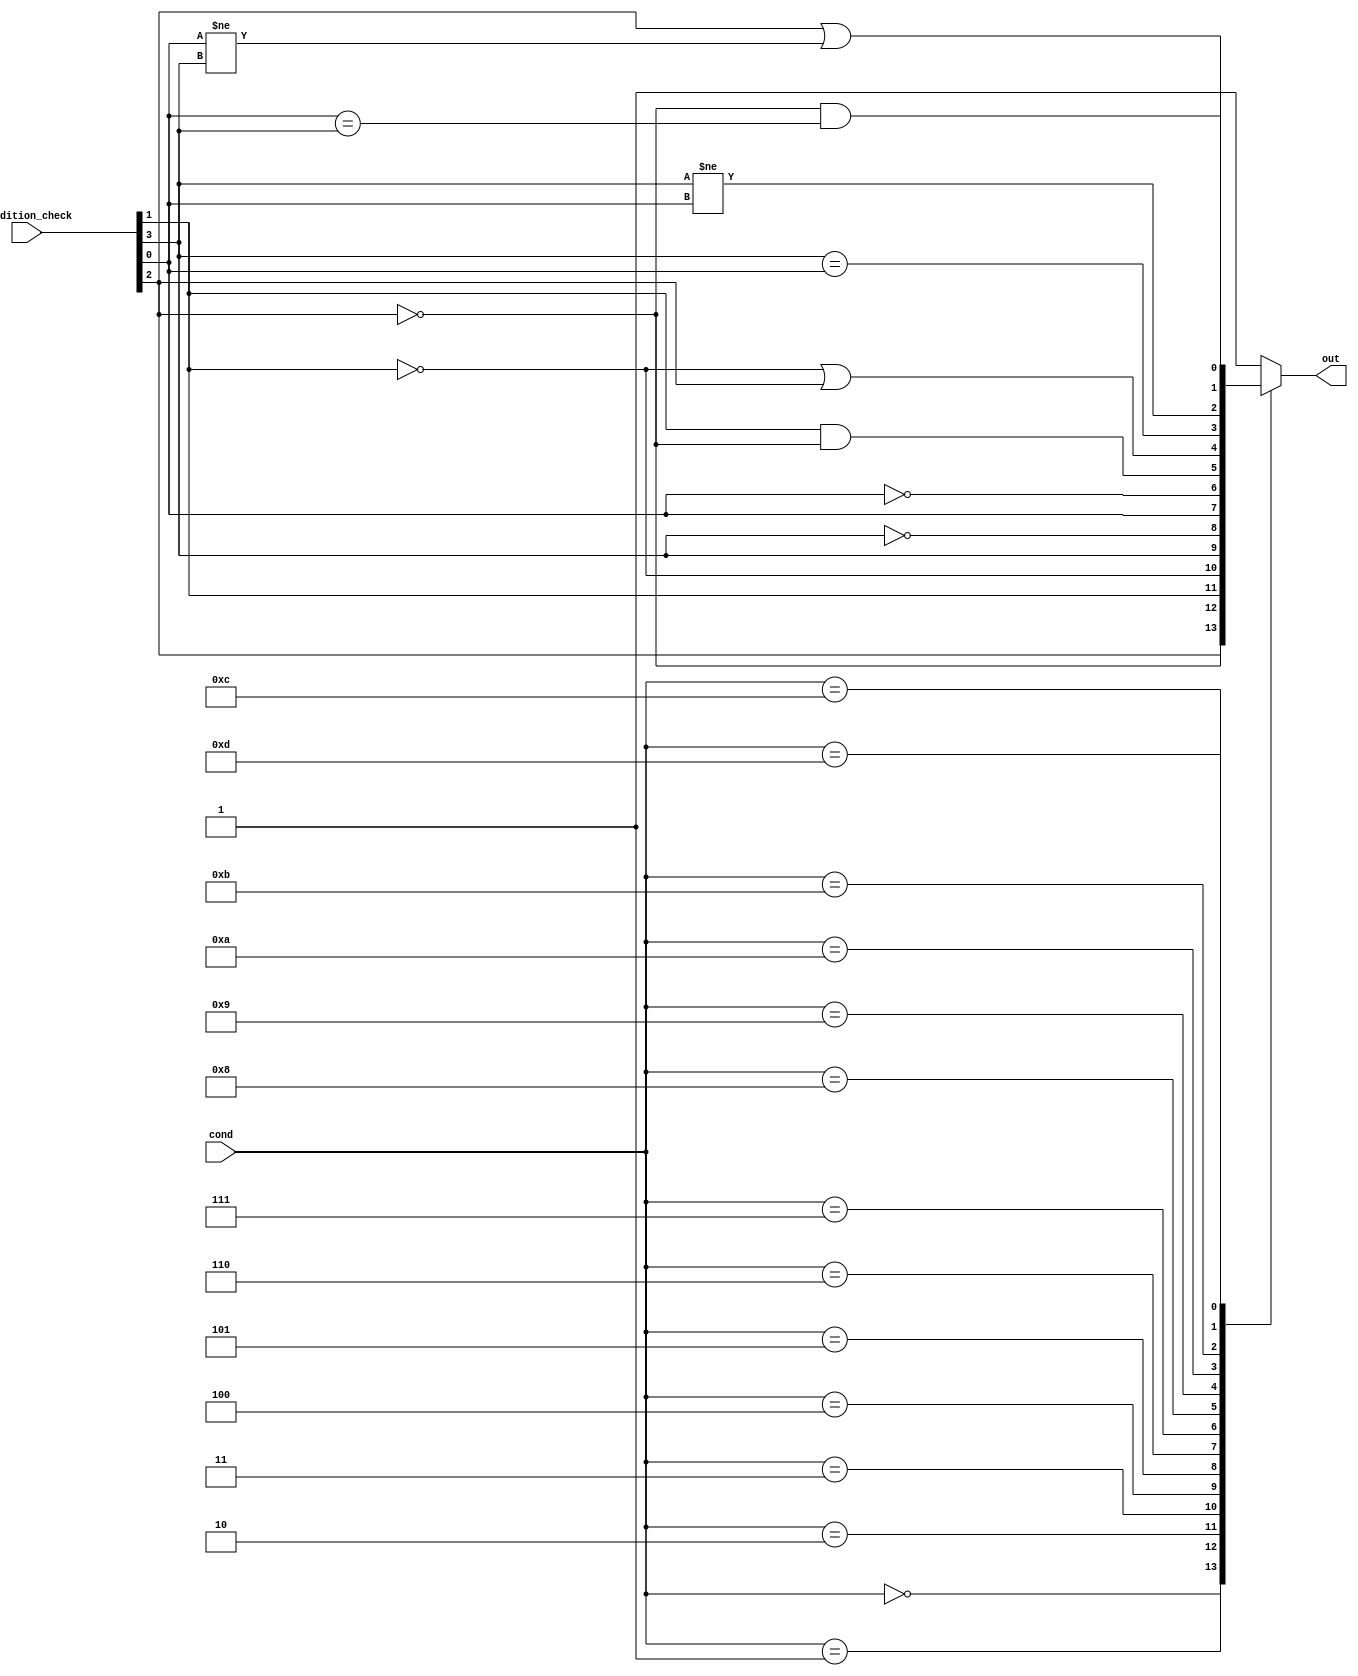
module ConditionCheck(
    cond,
    condition_check,
    out
);
    input [3:0] cond, condition_check;
    reg result;
    output out;
    wire z_wire, n_wire, c_wire, v_wire;
    assign z_wire = condition_check[2];
    assign n_wire = condition_check[3];
    assign c_wire = condition_check[1];
    assign v_wire = condition_check[0];
    assign out = result;
    always @(cond, condition_check) begin
        case (cond)
            4'd0: 
                result = z_wire;
            4'd1:
                result = ~z_wire;
            4'd2:
                result = c_wire;
            4'd3:
                result = ~c_wire;
            4'd4:
                result = n_wire;
            4'd5:
                result = ~n_wire;
            4'd6:
                result = v_wire;
            4'd7:
                result = ~v_wire;
            4'd8:
                result = c_wire & ~z_wire;
            4'd9:
                result = ~c_wire | z_wire;
            4'd10:
                result = n_wire == v_wire;
            4'd11:
                result = n_wire != v_wire;
            4'd12:
                result = ~z_wire && (v_wire == n_wire);
            4'd13:
                result = z_wire || (v_wire != n_wire);
            default: 
                result = 1'b1;
        endcase
    end
endmodule